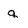
Character: q